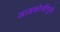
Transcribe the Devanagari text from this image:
आडकोजींमुळे